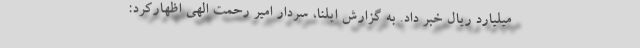
میلیارد ریال خبر داد. به گزارش ایلنا، سردار امیر رحمت الهی اظهارکرد: